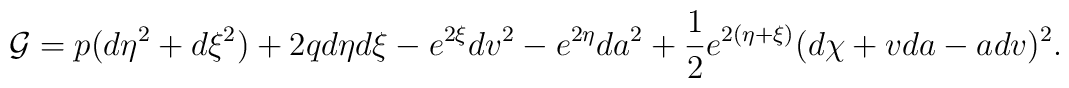
{\cal G} =p(d\eta^2+d\xi^2)+2qd\eta d\xi -e^{2\xi} dv^2-e^{2\eta}da^2+\frac{1}{2}e^{2(\eta +\xi )}(d\chi +vda-adv)^2.